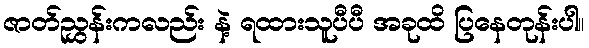
ဇာတ်ညွှန်းကလည်း နဲ့ ရထားသူပီပီ အခုထိ ပြနေတုန်းပါ။